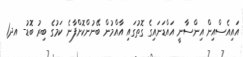
އައިއެސްއިން އިންސާނީ އައްޑަނައިގެ ގޮތުގައި އާއްމުން ބޭނުންކޮށްފާނެ ކަމުގެ ބިރު ބޮޑު- އދ1